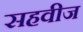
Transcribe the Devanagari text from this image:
सहवीज